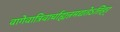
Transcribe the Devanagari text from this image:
वागेवात्रिवार्चाह्यन्नमद्यतेऽत्तिहर्